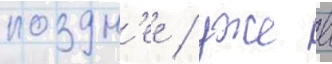
поздн'ее / уже в